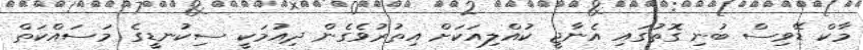
މާކް ޑޭވިސް ބުނި ގޮތުގައި އެނާޖީ ކުއްލިއަކަށް އިތުރުވެގެން ދިއުމަކީ ސިކުނޑީގެ މަސައްކަތް